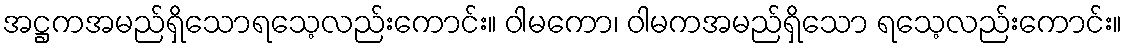
အဋ္ဌကအမည်ရှိသောရသေ့လည်းကောင်း။ ဝါမကော၊ ဝါမကအမည်ရှိသော ရသေ့လည်းကောင်း။